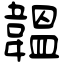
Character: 韞